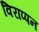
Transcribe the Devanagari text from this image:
विराप्पन